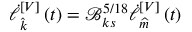
\dot { \ell } { } _ { \widehat { k } } ^ { \left[ V \right] } \left( t \right) = \mathcal { B } _ { k s } ^ { 5 / 1 8 } \dot { \ell } { } _ { \widehat { m } } ^ { \left[ V \right] } \left( t \right)